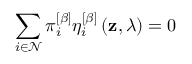
\sum _ { i \in \mathcal { N } } \pi _ { i } ^ { \left[ \beta \right] } \eta _ { i } ^ { \left[ \beta \right] } \left( \mathbf { z } , \lambda \right) = 0